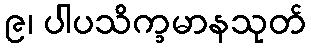
၉၊ ပါပသိက္ခမာနသုတ်